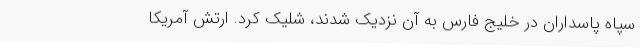
سپاه پاسداران در خلیج فارس به آن نزدیک شدند، شلیک کرد. ارتش آمریکا